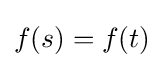
f(s)=f(t)